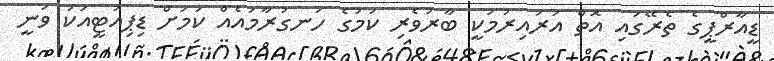
ޑީއާރްޕީގެ ތެރޭގައި އޮތް އަރައިރުމަކީ ބާރުވެރި ކަމުގެ ހަނގުރާމައެއް ކަމަށް ޑިޕިއުޓީއަކު ވަނީ